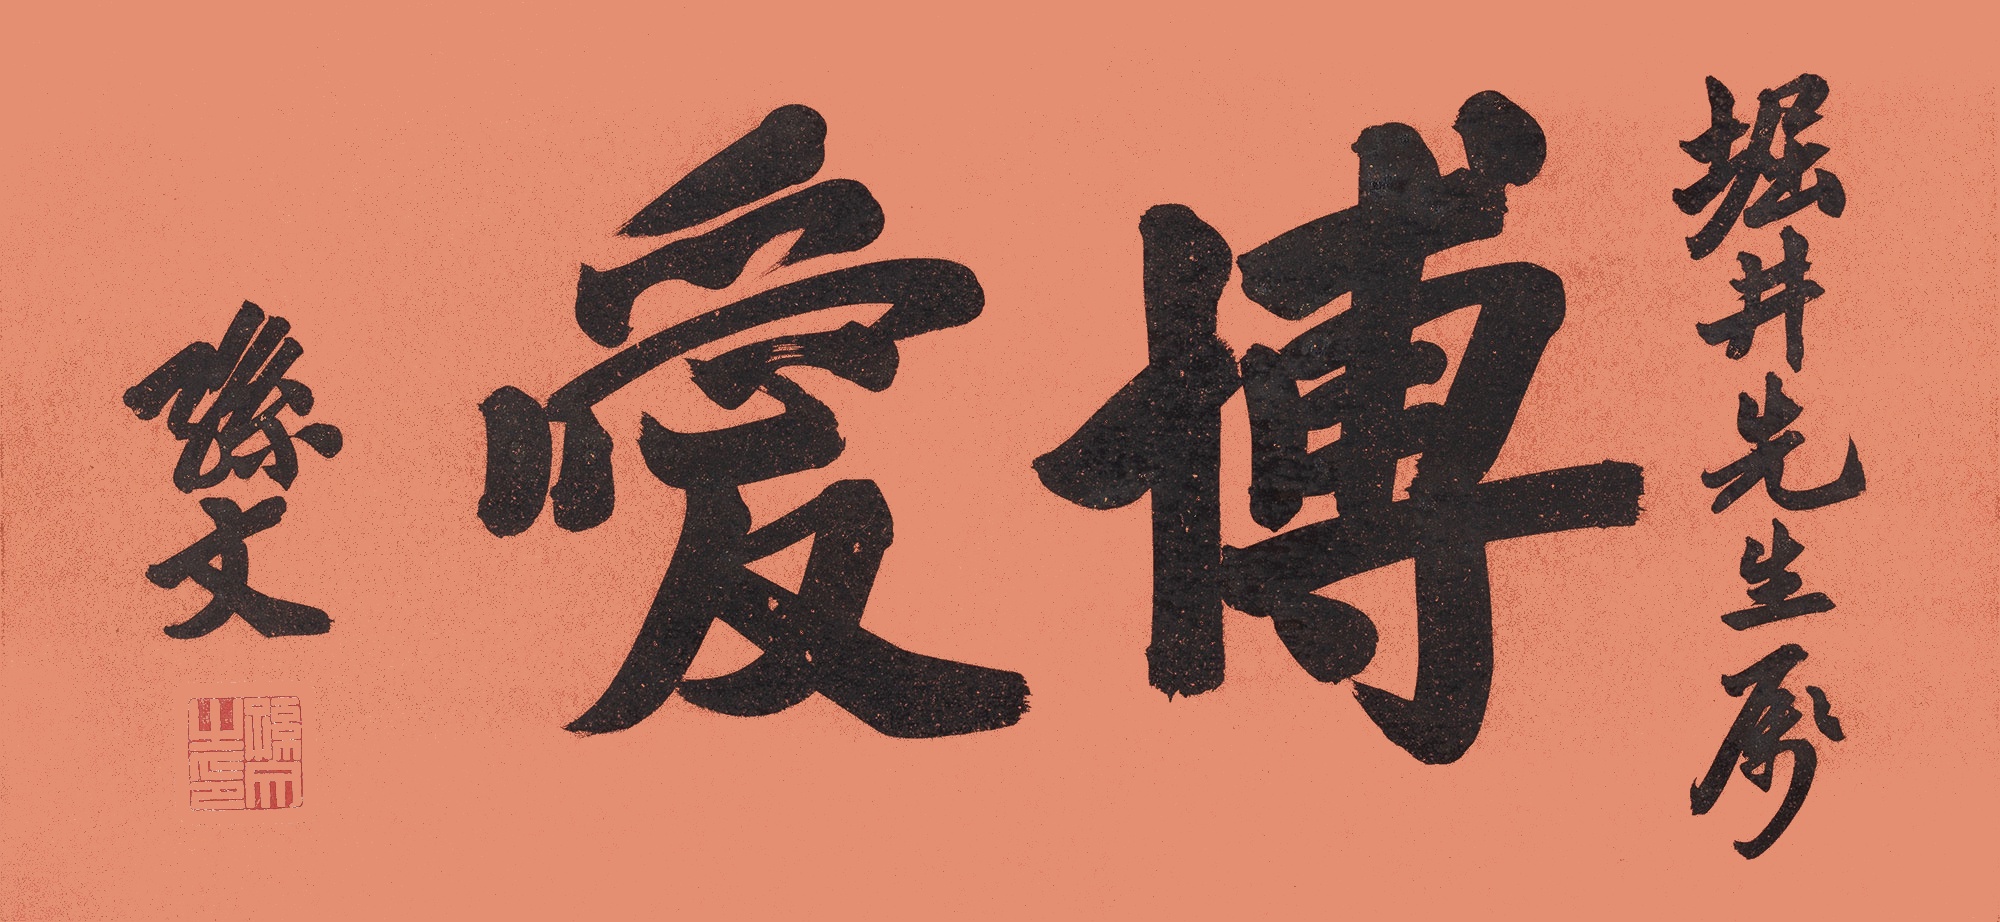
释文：博爱堀井先生属。孙文。